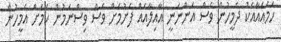
ހަމައެއާއެކު ދެމީހުން ވެސް އަންނަނީ އާއިލާއެއް ފެށުމަށް ވެސް ވިސްނަމުން ކަމަށް އެމީހުން